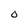
Character: 0